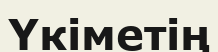
Үкіметің